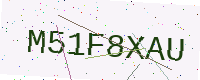
Text: M51F8XAU